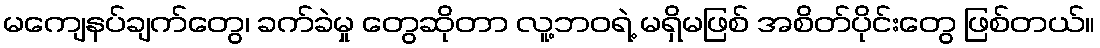
မကျေနပ်ချက်တွေ၊ ခက်ခဲမှု တွေဆိုတာ လူ့ဘဝရဲ့ မရှိမဖြစ် အစိတ်ပိုင်းတွေ ဖြစ်တယ်။